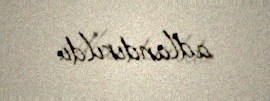
adlandırıldı.